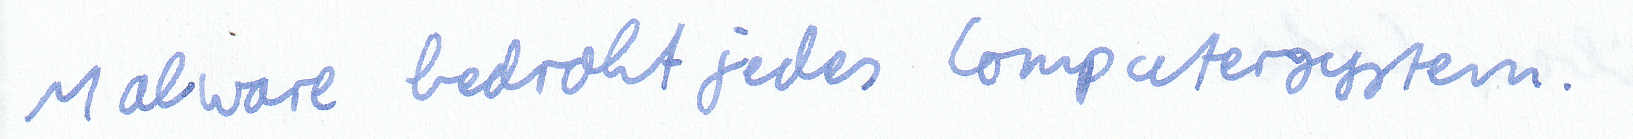
Malware bedroht jedes Computersystem.